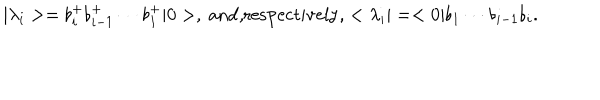
LaTeX: | \lambda _ { i } > = \flat _ { i } ^ { + } \flat _ { i - 1 } ^ { + } \cdots \flat _ { 1 } ^ { + } | 0 > , \mathrm { ~ a n d , r e s p e c t i v e l y , } < \lambda _ { i } | = < 0 | \flat _ { 1 } \cdots \flat _ { i - 1 } \flat _ { i } .